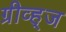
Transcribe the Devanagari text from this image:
ग्रीव्ह्‌ज